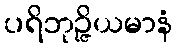
ပရိဘုဉ္ဇိယမာနံ